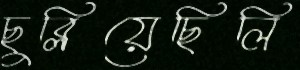
ছুব্‌লিয়েছিলি